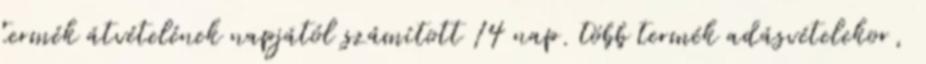
termék átvételének napjától számított 14 nap. több termék adásvételekor,